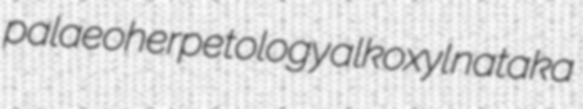
palaeoherpetology alkoxyl nataka